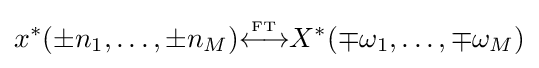
x^{*}(\pm n_{1},\ldots ,\pm n_{M}){\overset {\underset {\mathrm {FT} }{}}{\longleftrightarrow }}X^{*}(\mp \omega _{1},\ldots ,\mp \omega _{M})